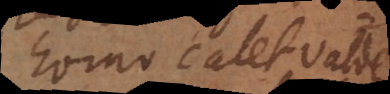
homo calet valde,